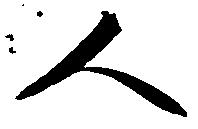
人